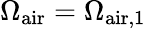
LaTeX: \Omega_{\mathrm{air}}=\Omega_{\mathrm{air},1}